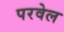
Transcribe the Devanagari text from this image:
परवेल